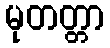
မုတတ္တာ